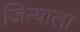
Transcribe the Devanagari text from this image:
जिन्याला